Report of the Lahore Medical School Hospital
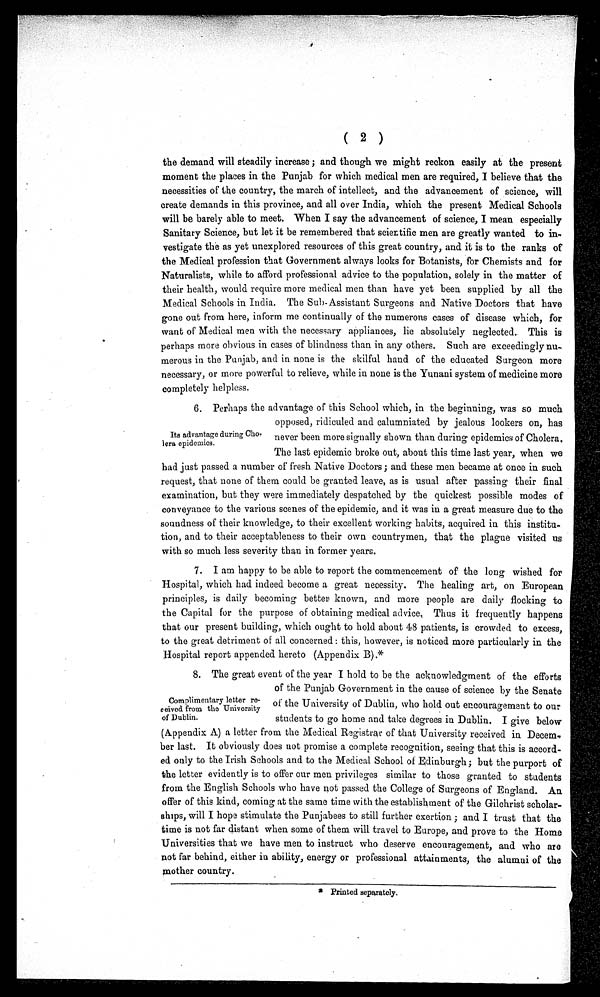
(2)
the demand will steadily increase ; and though we might reckon easily at the present
moment the places in the Punjab for which medical men are required, I believe that the
necessities of the country, the march of intellect, and the advancement of science, will
create demands in this province, and all over India, which the present Medical Schools
will be barely able to meet. When I say the advancement of science, I mean especially
Sanitary Science, but let it be remembered that scientific men are greatly wanted to in-
vestigate the as yet unexplored resources of this great country, and it is to the ranks of
the Medical profession that Government always looks for Botanists, for Chemists and for
Naturalists, while to afford professional advice to the population, solely in the matter of
their health, would require more medical men than have yet been supplied by all the
Medical Schools in India. The Sub-Assistant Surgeons and Native Doctors that have
gone out from here, inform me continually of the numerous cases of disease which, for
want of Medical men with the necessary appliances, lie absolutely neglected. This is
perhaps more obvious in cases of blindness than in any others. Such are exceedingly nu
¬ m e r o u s i n t h e P u n j a b , a n d i n n o n e i s t h e s k i l f u l h a n d o f t h e e d u c a t e d S u r g e o n m o r e
necessary, or more powerful to relieve, while in none is the Yunani system of medicine more
completely
helpless.
6. Perhaps the advantage of this School which, in the beginning, was so much
opposed, ridiculed and calumniated by jealous lookers on, has
never been more signally shown than during epidemics of Cholera,
The last epidemic broke out, about this time last year, when we
had just passed a number of fresh Native Doctors ; and these men became at once in such
request, that none of them could be granted leave, as is usual after passing their final
examination, but they were immediately despatched by the quickest possible modes of
conveyance to the various scenes of the epidemic, and it was in a great measure due to the
soundness of their knowledge, to their excellent working habits, acquired in this institu-
tion, and to their acceptableness to their own countrymen, that the plague visited us
with so much less severity than in former years.
7. I am happy to be able to report the commencement of the long wished for
Hospital, which had indeed become a great necessity. The healing art, on European
principles, is daily becoming better known, and more people are daily flocking to
the Capital for the purpose of obtaining medical advice, Thus it frequently happens
that our present building, which ought to hold about 48 patients, is crowded to excess,
to the great detriment of all concerned : this, however, is noticed more particularly in the
Hospital report appended hereto (Appendix B).*
8. The great event of the year I hold to be the acknowledgment of the efforts
of the Punjab Government in the cause of science by the Senate
of the University of Dublin, who hold out encouragement to our
students to go home and take degrees in Dublin. I give below
(Appendix A) a letter from the Medical Registrar of that University received in Decem-
ber last. It obviously does not promise a complete recognition, seeing that this is accord-
ed only to the Irish Schools and to the Medical School of Edinburgh ; but the purport of
the letter evidently is to offer our men privileges similar to those granted to students
from the English Schools who have not passed the College of Surgeons of England. An
offer of this kind, coming at the same time with the establishment of the Gilchrist scholar-
ships, will I hope stimulate the Punjabees to still further exertion ; and I trust that the
time is not far distant when some of them will travel to Europe, and prove to the Home
Universities that we have men to instruct who deserve encouragement, and who are
not far behind, either in ability, energy or professional attainments, the alumni of the
m o t h e r c o u n t r y .
Its advantage during Cho¬
lora epidemics.
Complimentary letter re-
ceived from the University
of Dublin.
* Printed separately.